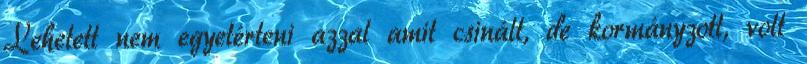
Lehetett nem egyetérteni azzal amit csinált, de kormányzott, volt